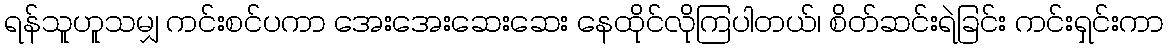
ရန်သူဟူသမျှ ကင်းစင်ပကာ အေးအေးဆေးဆေး နေထိုင်လိုကြပါတယ်၊ စိတ်ဆင်းရဲခြင်း ကင်းရှင်းကာ